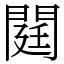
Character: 閮